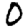
Digit: 0